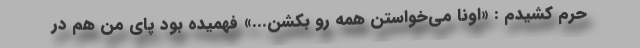
حرم کشیدم : «اونا می‌خواستن همه رو بکشن...» فهمیده بود پای من هم در